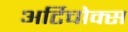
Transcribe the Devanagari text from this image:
अर्टिचोक्स